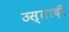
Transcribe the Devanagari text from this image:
उस्तादी